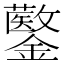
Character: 𨯍